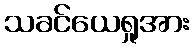
သခင်ယေရှုအား